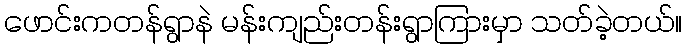
ဖောင်းကတန်ရွာနဲ မန်းကျည်းတန်းရွာကြားမှာ သတ်ခဲ့တယ်။